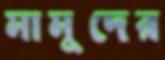
মামুদের